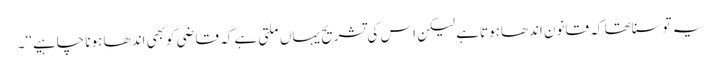
یہ توسناتھا کہ قانون اندھاہوتاہے لیکن اس کی تشریح یہاں ملتی ہے کہ قاضی کوبھی اندھا ہونا چاہیے‘‘۔